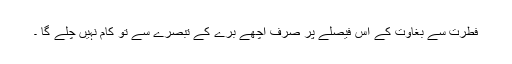
فطرت سے بغاوت کے اس فیصلے پر صرف اچھے برے کے تبصرے سے تو کام نہیں چلے گا ۔